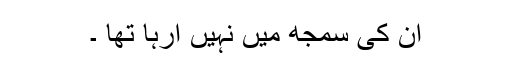
ان کی سمجھ میں نہیں آرہا تھا ۔